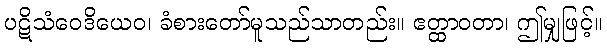
ပဋိသံဝေဒိယေဝ၊ ခံစားတော်မူသည်သာတည်း။ ဧတ္ထာဝတာ၊ ဤမျှဖြင့်။